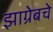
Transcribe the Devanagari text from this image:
झाग्रेबचे